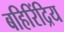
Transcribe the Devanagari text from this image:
बहिरिंद्रिय